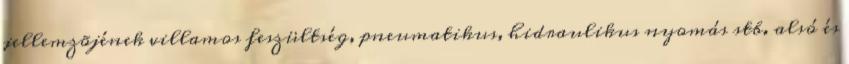
jellemzõjének villamos feszültség, pneumatikus, hidraulikus nyomás stb. alsó és